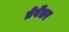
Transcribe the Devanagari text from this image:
ब्रेबेंतर